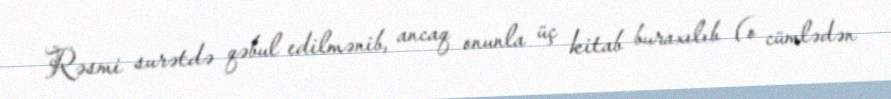
Rəsmi surətdə qəbul edilmənib, ancaq onunla üç kitab buraxılıb (o cümlədən